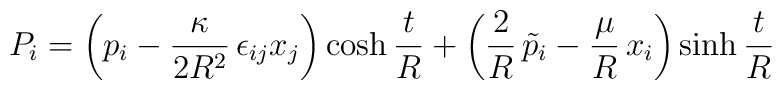
P_{i}=\left(p_{i}-\frac{\kappa}{2R^{2}}\,\epsilon_{ij}x_{j}\right)\cosh\frac{t}{R}+\left(\frac{2}{R}\,\tilde{p}_{i}-\frac{\mu}{R}\,x_{i}\right)\sinh\frac{t}{R}